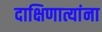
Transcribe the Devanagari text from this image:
दाक्षिणात्यांना